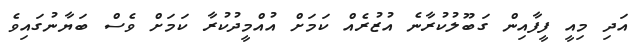
އަދި މިއީ ފީފާއިން ގަބޫލުކުރާނެ އުޒުރެއް ކަމަށް އުއްމީދުކުރާ ކަމަށް ވެސް ބަޔާނުގައިވެ